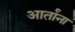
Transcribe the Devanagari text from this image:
आर्तांना